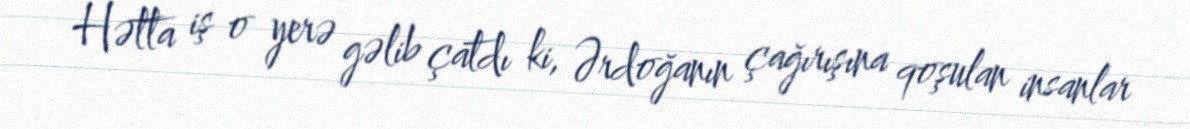
Hətta iş o yerə gəlib çatdı ki, Ərdoğanın çağırışına qoşulan insanlar